画像に写った文字を読んでください
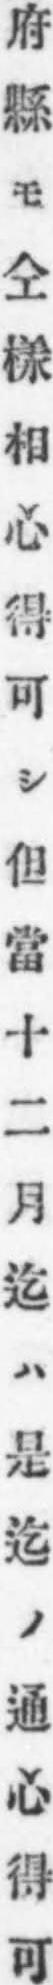
「府縣モ仝樣相心得可シ但當十二月迄ハ是迄ノ通心得可」と書いてあります